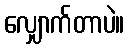
လျှောက်တာပဲ။